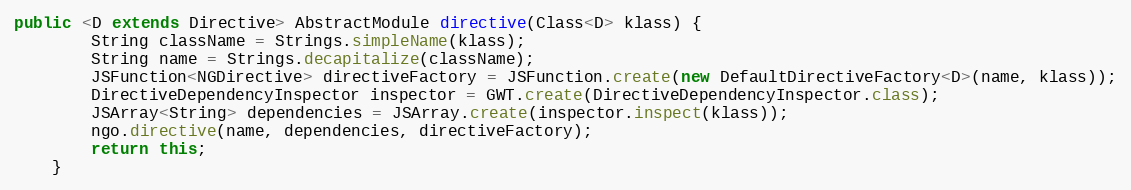
Language: Java
public <D extends Directive> AbstractModule directive(Class<D> klass) {
        String className = Strings.simpleName(klass);
        String name = Strings.decapitalize(className);
        JSFunction<NGDirective> directiveFactory = JSFunction.create(new DefaultDirectiveFactory<D>(name, klass));
        DirectiveDependencyInspector inspector = GWT.create(DirectiveDependencyInspector.class);
        JSArray<String> dependencies = JSArray.create(inspector.inspect(klass));
        ngo.directive(name, dependencies, directiveFactory);
        return this;
    }